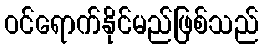
ဝင်ရောက်နိုင်မည်ဖြစ်သည်